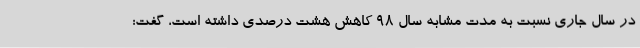
در سال جاری نسبت به مدت مشابه سال 98 کاهش هشت درصدی داشته است، گفت: